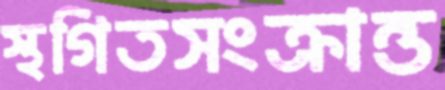
স্থগিতসংক্রান্ত